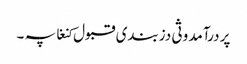
پر درآمد وثی دزبندی قبول کنغا پہ ۔